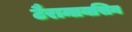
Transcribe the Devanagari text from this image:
टैरामायसिन